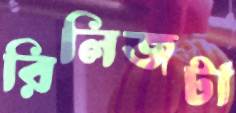
রিলিজটা